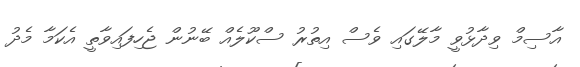
އާސިމް ވިދާޅުވީ މާލޭގައި ވެސް އިތުރު ސްކޫލެއް ބޭނުން ޖެހިފައިވާތީ އެކަމާ މެދު